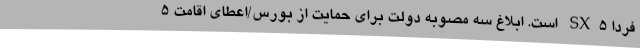
فردا SX5 است. ابلاغ سه مصوبه دولت برای حمایت از بورس/اعطای اقامت 5